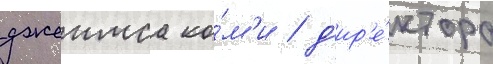
джеимса ко́м'и / д'ир'е́ктора